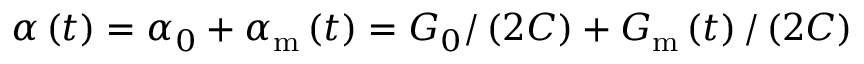
\alpha \left( t \right) = \alpha _ { 0 } + \alpha _ { \mathrm { m } } \left( t \right) = G _ { 0 } / \left( 2 C \right) + G _ { \mathrm { m } } \left( t \right) / \left( 2 C \right)